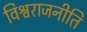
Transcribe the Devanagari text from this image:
विश्वराजनीति